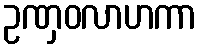
ဥဏှဝလာဟကာ